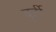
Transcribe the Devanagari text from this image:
बुर्टी